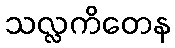
သလ္လကိတေန